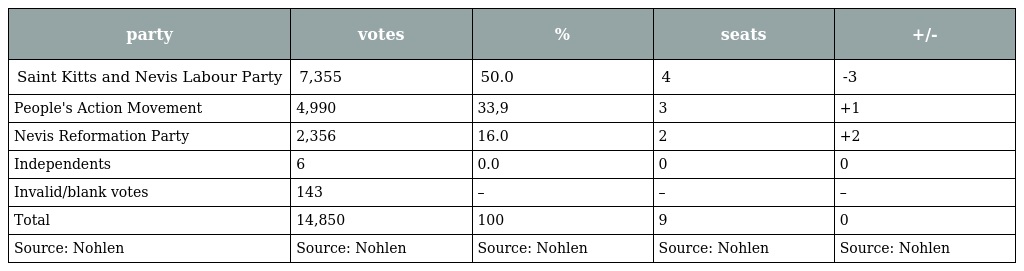
| party | votes | % | seats | +/- |
 | --- | --- | --- | --- | --- |
 | Saint Kitts and Nevis Labour Party | 7,355 | 50.0 | 4 | -3 |
 | People's Action Movement | 4,990 | 33,9 | 3 | +1 |
 | Nevis Reformation Party | 2,356 | 16.0 | 2 | +2 |
 | Independents | 6 | 0.0 | 0 | 0 |
 | Invalid/blank votes | 143 | – | – | – |
 | Total | 14,850 | 100 | 9 | 0 |
 | Source: Nohlen | Source: Nohlen | Source: Nohlen | Source: Nohlen | Source: Nohlen |